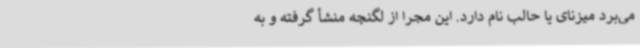
می‌برد میزنای یا حالب نام دارد. این مجرا از لگنچه منشأ گرفته و به